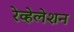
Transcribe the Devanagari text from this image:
रेव्हेलेशन